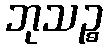
ဘုသဉ္စ